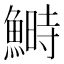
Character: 鰣